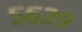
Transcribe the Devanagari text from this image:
५६३९